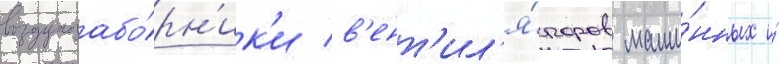
воздухозабо́рн'ик'и в'ент'ил'я́торов маши́нных и́